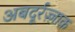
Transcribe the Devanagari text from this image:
अबदूर्रज़्ज़ाक़